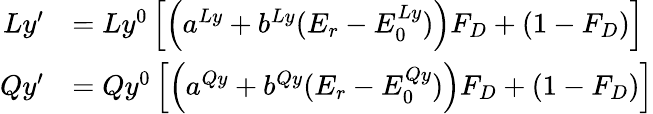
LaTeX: \begin{array}{rl}{Ly^{\prime}}&{=Ly^{0}\left[\left(a^{Ly}+b^{Ly}(E_{r}-E_{0}^{Ly})\right)F_{D}+(1-F_{D})\right]}\\ {Qy^{\prime}}&{=Qy^{0}\left[\left(a^{Qy}+b^{Qy}(E_{r}-E_{0}^{Qy})\right)F_{D}+(1-F_{D})\right]}\end{array}